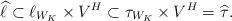
LaTeX: \begin{align*} \widehat{\ell} \subset \ell_{W_K} \times V^H \subset \tau_{W_K} \times V^H = \widehat{\tau} .\end{align*}